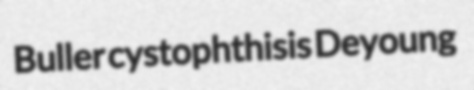
Buller cystophthisis Deyoung